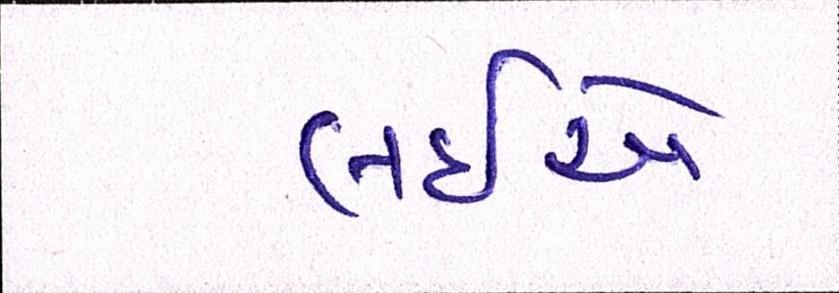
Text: લઈએ